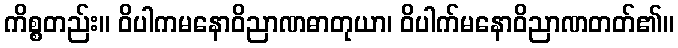
ကိစ္စတည်း။ ဝိပါကမနောဝိညာဏဓာတုယာ၊ ဝိပါက်မနောဝိညာဏတတ်၏။